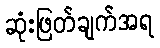
ဆုံးဖြတ်ချက်အရ